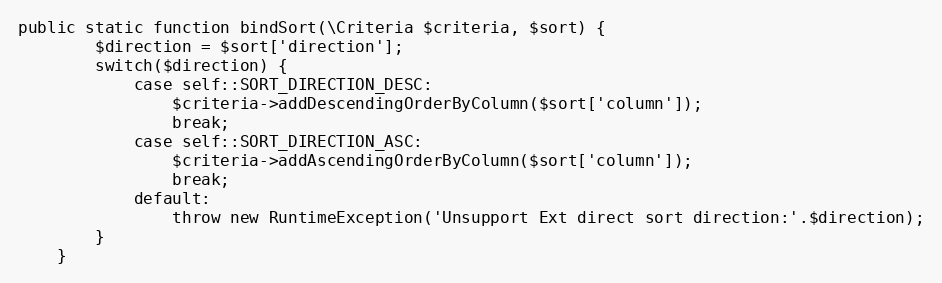
Language: PHP
public static function bindSort(\Criteria $criteria, $sort) {
        $direction = $sort['direction'];
        switch($direction) {
            case self::SORT_DIRECTION_DESC:
                $criteria->addDescendingOrderByColumn($sort['column']);
                break;
            case self::SORT_DIRECTION_ASC:
                $criteria->addAscendingOrderByColumn($sort['column']);
                break;
            default:
                throw new RuntimeException('Unsupport Ext direct sort direction:'.$direction);
        }
    }